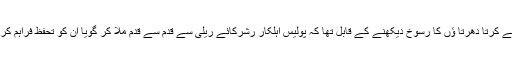
اس ریلی کے کرتا دھرتا ﺅں کا رسوخ دیکھنے کے قابل تھا کہ پولیس اہلکار رشرکائے ریلی سے قدم سے قدم ملا کر گویا اُن کو تحفظ فراہم کررہے تھے۔